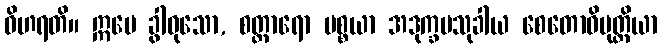
ဝိဟရတိ။ ဣမေ ခွါဝုသော, စတ္တာရော ပစ္စယာ အဒုက္ခမသုခါယ စေတောဝိမုတ္တိယာ